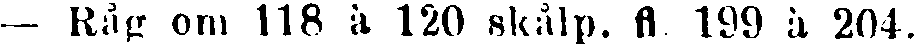
— Råg om 118 à 120 skålp. fl 199 à 204.